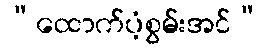
“ထောက်ပံ့စွမ်းအင်”